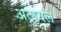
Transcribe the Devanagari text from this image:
अट्रायल